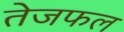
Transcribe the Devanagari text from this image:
तेजफल